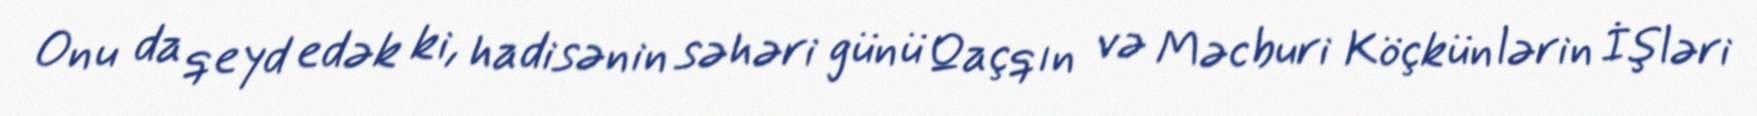
Onu da qeyd edək ki, hadisənin səhəri günü Qaçqın və Məcburi Köçkünlərin İşləri